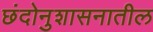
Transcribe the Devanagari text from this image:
छंदोनुशासनातील